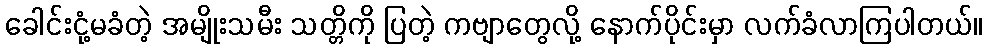
ခေါင်းငုံ့မခံတဲ့ အမျိုးသမီး သတ္တိကို ပြတဲ့ ကဗျာတွေလို့ နောက်ပိုင်းမှာ လက်ခံလာကြပါတယ်။